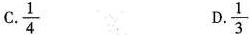
C.\frac{1}{4} D.\frac{1}{3}